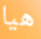
هيا